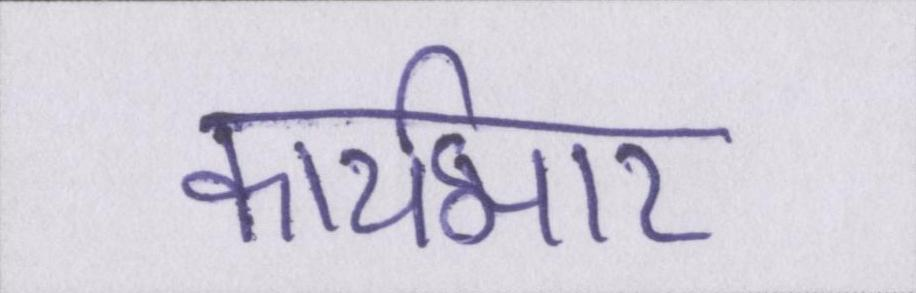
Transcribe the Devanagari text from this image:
कार्यभार